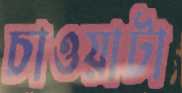
চাওয়াটা